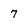
Character: 7